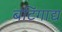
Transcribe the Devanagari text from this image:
बंटिंगाद्य